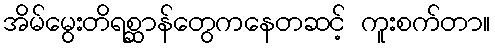
အိမ်မွေးတိရစ္ဆာန်တွေကနေတဆင့် ကူးစက်တာ။